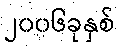
၂၀၀၆ခုနှစ်